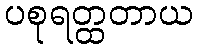
ပစုရတ္ထတာယ